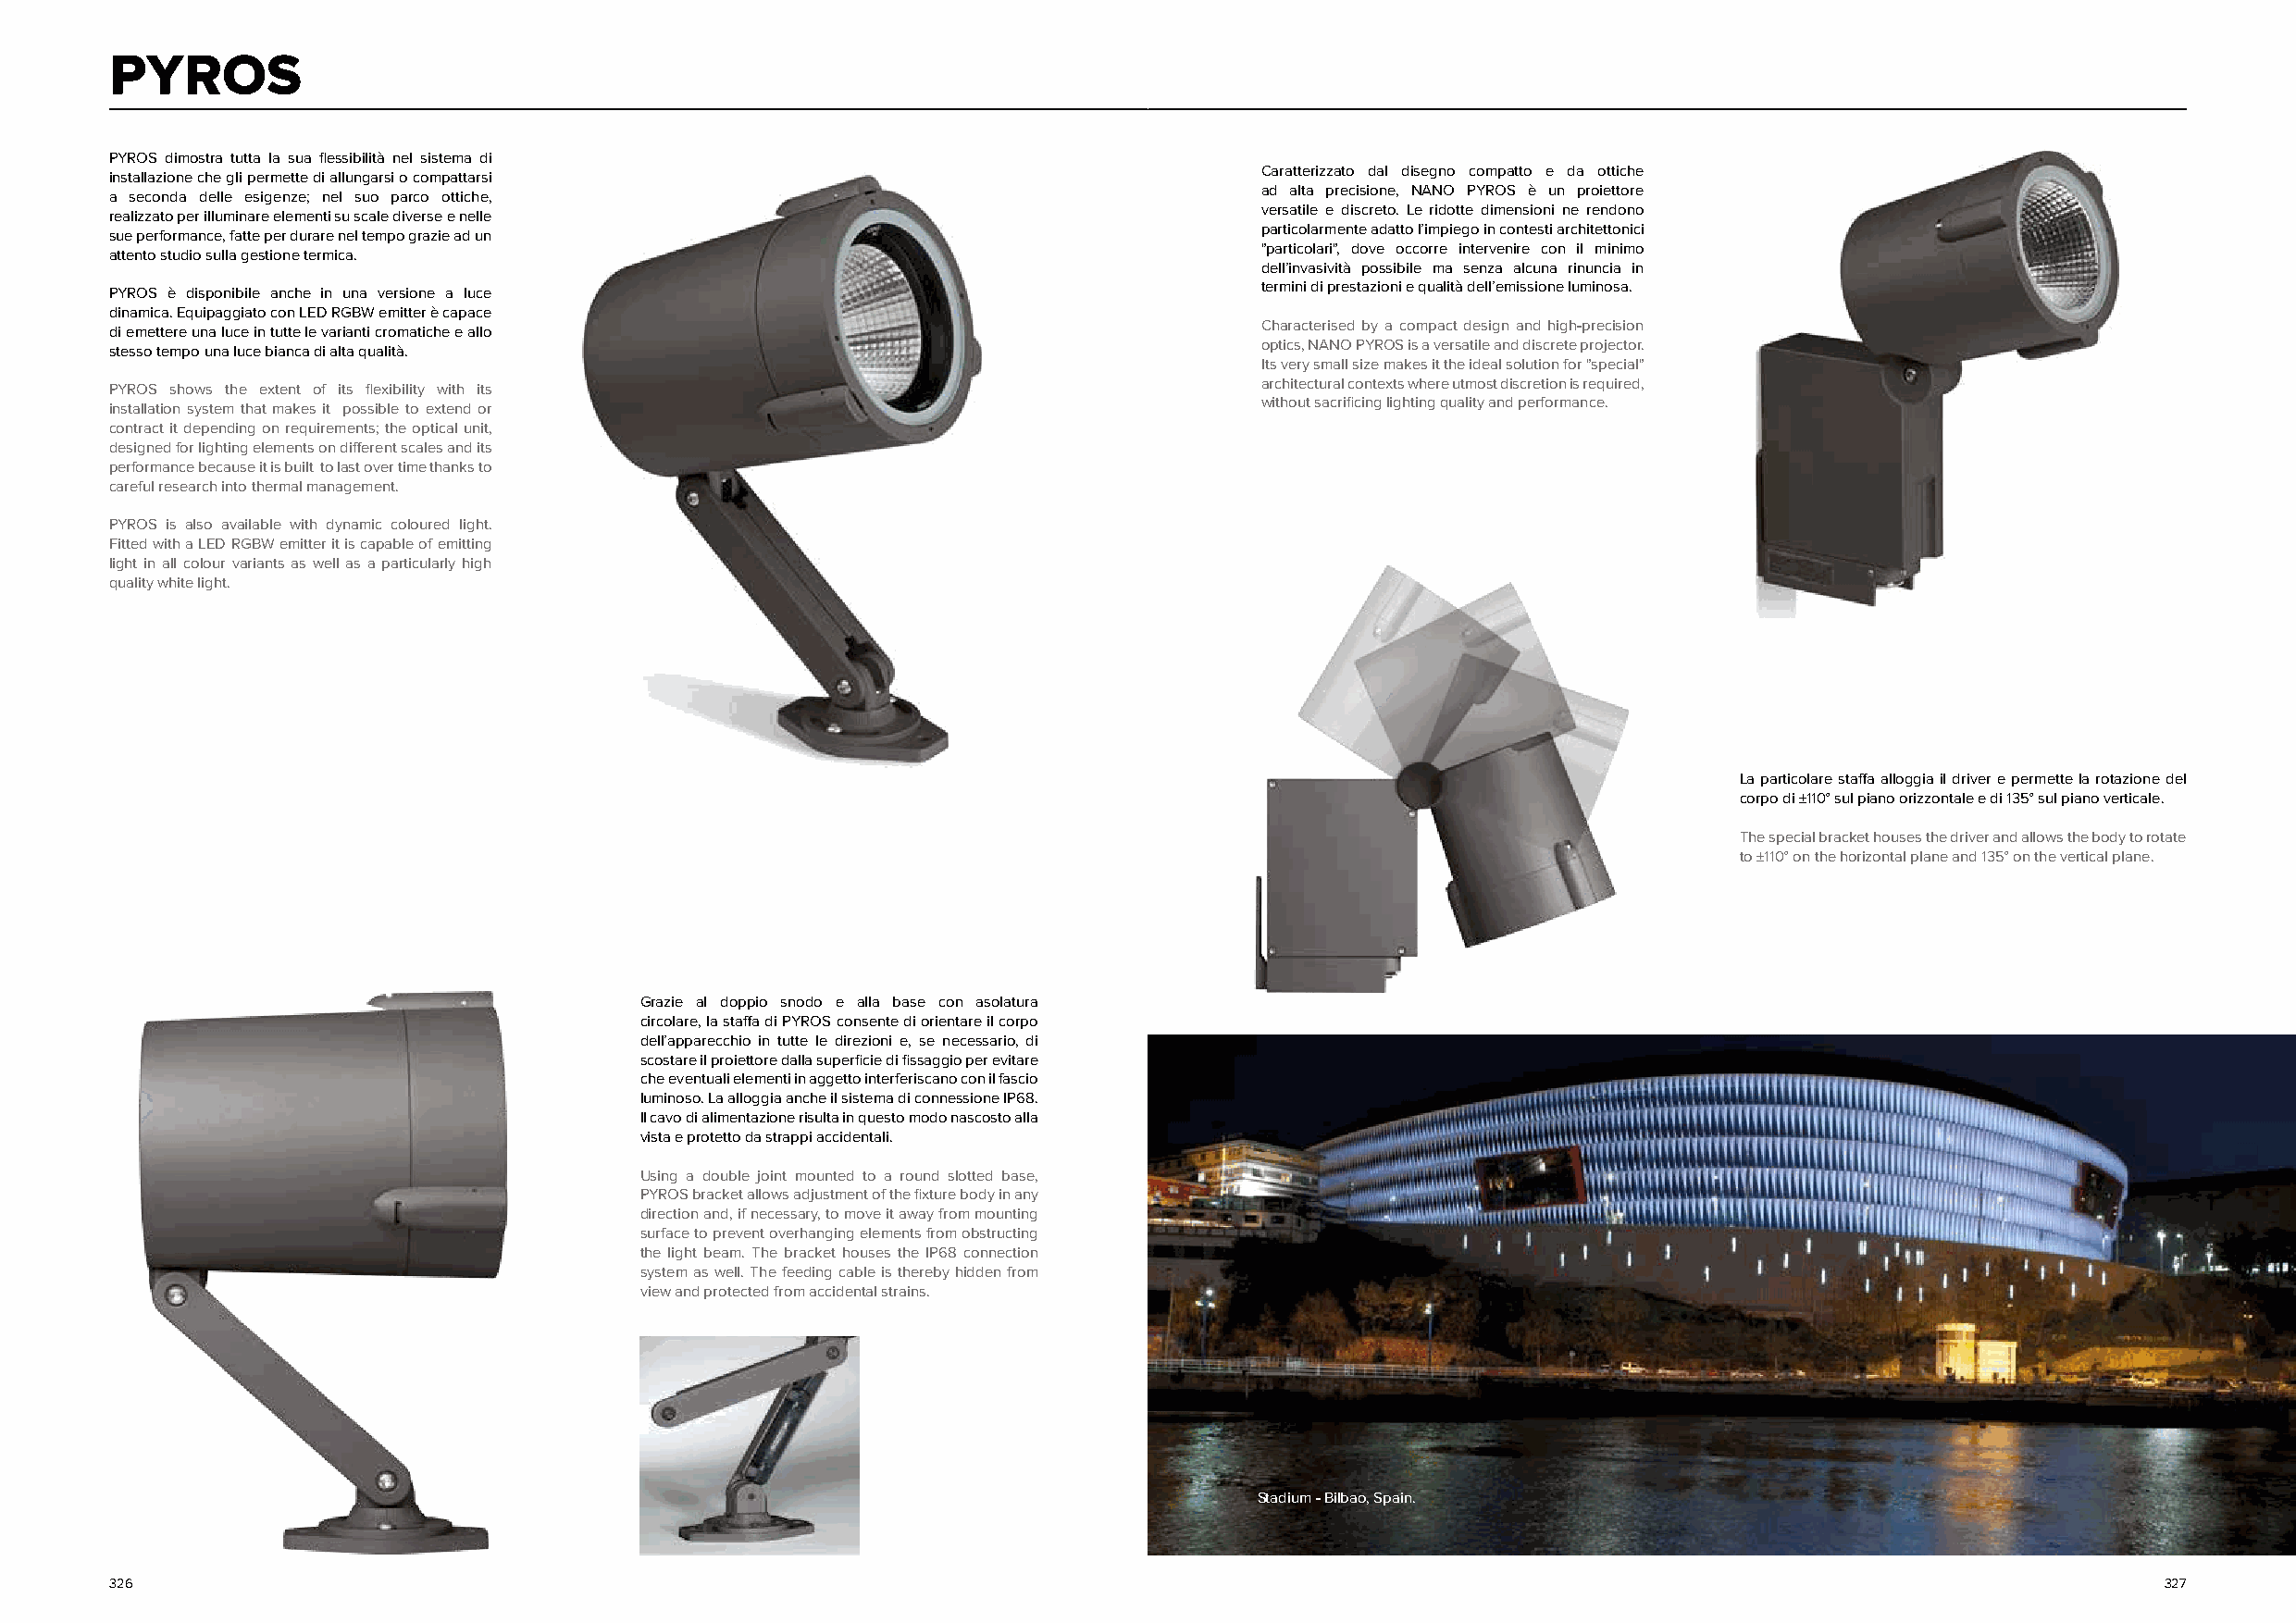
PYROS
 PYROS dimostra tutta la sua flessibilità nel sistema di
 Caratterizzato dal disegno compatto e da ottiche
 installazione che gli permette di allungarsi o compattarsi
 ad alta precisione, NANO PYROS è un proiettore
 a seconda delle esigenze; nel suo parco ottiche,
 versatile e discreto. Le ridotte dimensioni ne rendono
 realizzato per illuminare elementi su scale diverse e nelle
 particolarmente adatto l’impiego in contesti architettonici
 sue performance, fatte per durare nel tempo grazie ad un
 "particolari", dove occorre intervenire con il minimo
 attento studio sulla gestione termica.
 dell’invasività possibile ma senza alcuna rinuncia in
 termini di prestazioni e qualità dell’emissione luminosa.
 PYROS è disponibile anche in una versione a luce
 dinamica. Equipaggiato con LED RGBW emitter è capace
 Characterised by a compact design and high-precision
 di emettere una luce in tutte le varianti cromatiche e allo
 optics, NANO PYROS is a versatile and discrete projector.
 stesso tempo una luce bianca di alta qualità.
 Its very small size makes it the ideal solution for "special"
 architectural contexts where utmost discretion is required,
 PYROS shows the extent of its flexibility with its
 without sacrificing lighting quality and performance.
 installation system that makes it possible to extend or
 contract it depending on requirements; the optical unit,
 designed for lighting elements on different scales and its
 performance because it is built to last over time thanks to
 careful research into thermal management.
 PYROS is also available with dynamic coloured light.
 Fitted with a LED RGBW emitter it is capable of emitting
 light in all colour variants as well as a particularly high
 quality white light.
 La particolare staffa alloggia il driver e permette la rotazione del
 corpo di ±110° sul piano orizzontale e di 135° sul piano verticale.
 The special bracket houses the driver and allows the body to rotate
 to ±110° on the horizontal plane and 135° on the vertical plane.
 Grazie al doppio snodo e alla base con asolatura
 circolare, la staffa di PYROS consente di orientare il corpo
 dell’apparecchio in tutte le direzioni e, se necessario, di
 scostare il proiettore dalla superficie di fissaggio per evitare
 che eventuali elementi in aggetto interferiscano con il fascio
 luminoso. La alloggia anche il sistema di connessione IP68.
 Il cavo di alimentazione risulta in questo modo nascosto alla
 vista e protetto da strappi accidentali.
 Using a double joint mounted to a round slotted base,
 PYROS bracket allows adjustment of the fixture body in any
 direction and, if necessary, to move it away from mounting
 surface to prevent overhanging elements from obstructing
 the light beam. The bracket houses the IP68 connection
 system as well. The feeding cable is thereby hidden from
 view and protected from accidental strains.
 Stadium - Bilbao, Spain.
 326                                                                                                                                                327